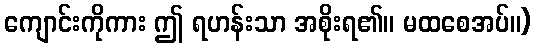
ကျောင်းကိုကား ဤ ရဟန်းသာ အစိုးရ၏။ မထစေအပ်။)